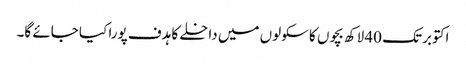
اکتوبر تک 40 لاکھ بچوں کا سکولوں میں داخلے کا ہدف پورا کیا جائے گا۔